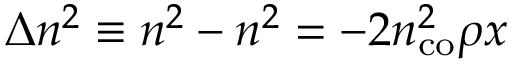
\Delta n ^ { 2 } \equiv n ^ { 2 } - n ^ { 2 } = - 2 n _ { \mathrm { c o } } ^ { 2 } \rho x